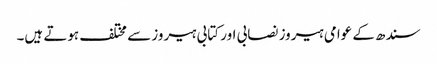
سندھ کے عوامی ہیروز نصابی اور کتابی ہیروز سے مختلف ہوتے ہیں۔